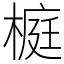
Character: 榳